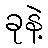
ခုနဲ့